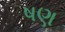
ષણ